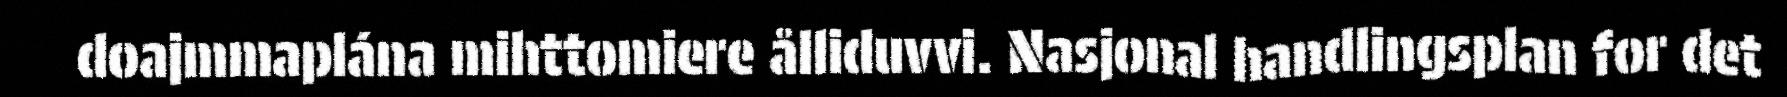
doajmmaplána mihttomiere ålliduvvi. Nasjonal handlingsplan for det